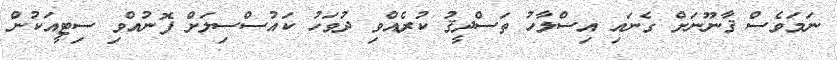
ނަމަވެސް ޤާނޫނަށް ގެނައި އިސްލާހު ތަސްދީޤު ކުރެއްވި ދުވަހު ކައުސްސިލަށް ފޮނުއްވި ސިޓީއަކުން